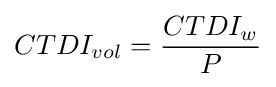
CTDI_{vol}={\frac {CTDI_{w}}{P}}